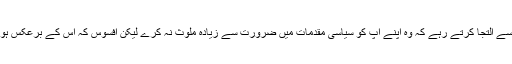
عدلیہ سے التجا کرتے رہے کہ وہ اپنے آپ کو سیاسی مقدمات میں ضرورت سے زیادہ ملوث نہ کرے لیکن افسوس کہ اس کے برعکس ہوتا رہا۔